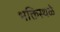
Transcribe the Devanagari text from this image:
भक्तिस्थळे